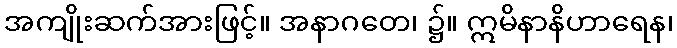
အကျိုးဆက်အားဖြင့်။ အနာဂတေ၊ ၌။ ဣမိနာနိဟာရေန၊